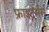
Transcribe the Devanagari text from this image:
फ्राइटर्नर्स